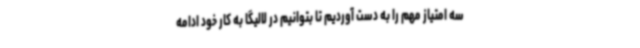
سه امتیاز مهم را به دست آوردیم تا بتوانیم در لالیگا به کار خود ادامه